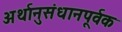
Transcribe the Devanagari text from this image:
अर्थानुसंधानपूर्वक